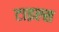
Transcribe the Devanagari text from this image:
टाइल्‍स